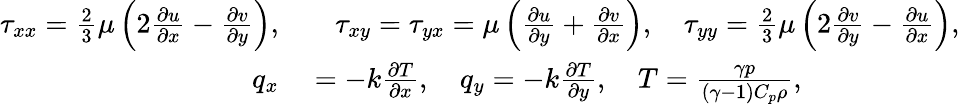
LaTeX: \begin{array}{rl}{\tau_{xx}=\frac{2}{3}\mu\left(2\frac{\partial u}{\partial x}-\frac{\partial v}{\partial y}\right),}&{{}\quad\tau_{xy}=\tau_{yx}=\mu\left(\frac{\partial u}{\partial y}+\frac{\partial v}{\partial x}\right),\quad\tau_{yy}=\frac{2}{3}\mu\left(2\frac{\partial v}{\partial y}-\frac{\partial u}{\partial x}\right),}\\ {q_{x}}&{{}=-k\frac{\partial T}{\partial x},\quad q_{y}=-k\frac{\partial T}{\partial y},\quad T=\frac{\gamma p}{(\gamma-1)C_{p}\rho},}\end{array}